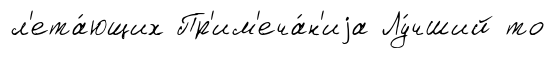
л'ета́ющих Пр'им'еча́н'иjа Лу́чший то